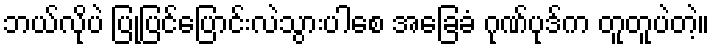
ဘယ်လိုပဲ ပြုပြင်ပြောင်းလဲသွားပါစေ အခြေခံ ဂုဏ်ပုဒ်က တူတူပဲတဲ့။